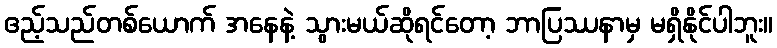
ဧည့်သည်တစ်ယောက် အနေနဲ့ သွားမယ်ဆိုရင်တော့ ဘာပြဿနာမှ မရှိနိုင်ပါဘူး။